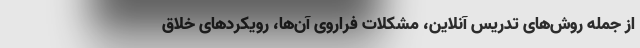
از جمله روش‌های تدریس آنلاین، مشکلات فراروی آن‌ها، رویکردهای خلاق